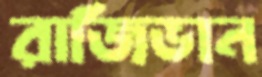
রাজিভান